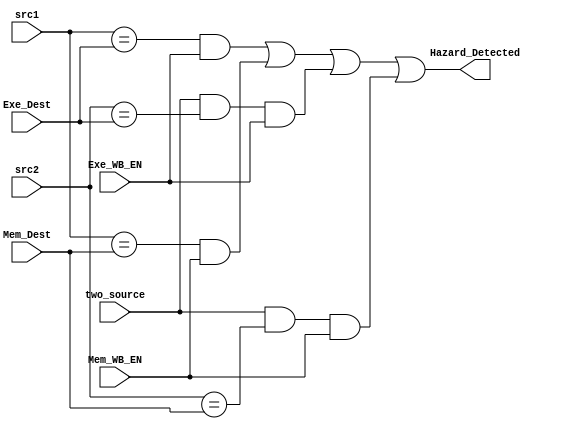
module Hazard_Detection_Unit (
    input [3:0] src1, src2, 
    input [3:0] Exe_Dest,
    input Exe_WB_EN,
    input [3:0] Mem_Dest,
    input Mem_WB_EN,
    input two_source,
    output Hazard_Detected
);
    assign Hazard_Detected = ((src1 == Exe_Dest) & Exe_WB_EN) | 
                             ((src1 == Mem_Dest) & Mem_WB_EN) | 
                             (two_source & (src2 == Exe_Dest) & Exe_WB_EN) | 
                             (two_source & (src2 == Mem_Dest) & Mem_WB_EN);
endmodule